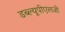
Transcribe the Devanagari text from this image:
डब्ल्यूपीएलजी